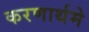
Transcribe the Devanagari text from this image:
करणार्थमे